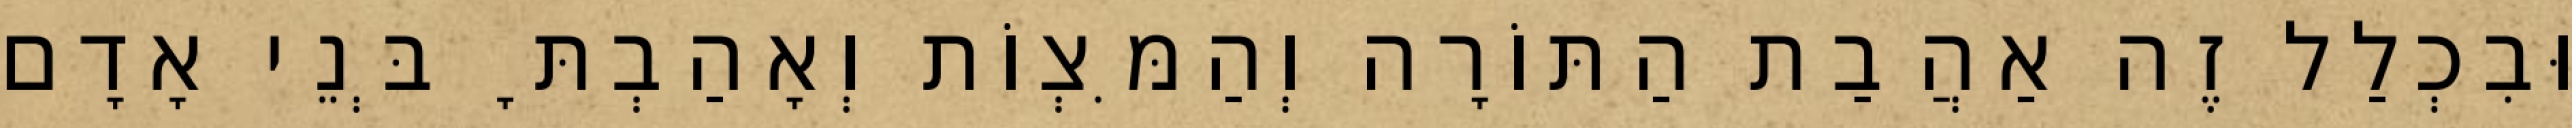
וּבִכְלַל זֶה אַהֲבַת הַתּוֹרָה וְהַמִּצְוֹת וְאָהַבְתָּ בְּנֵי אָדָם